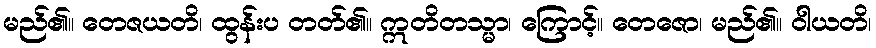
မည်၏။ တေဇယတိ၊ ထွန်းပ တတ်၏။ ဣတိတသ္မာ၊ ကြောင့်။ တေဇော၊ မည်၏။ ဝါယတိ၊